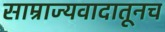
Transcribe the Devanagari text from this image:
साम्राज्यवादातूनच